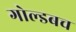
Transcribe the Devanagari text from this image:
गोल्डबच